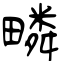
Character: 疄